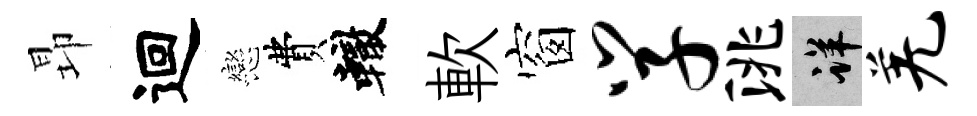
昻迴戀費轍軟窗学洮详羌